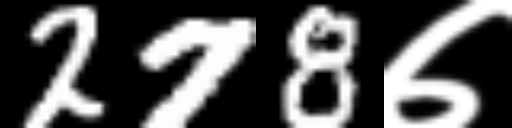
Text: 278७